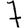
Digit: 7